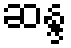
ဆန္ဒ